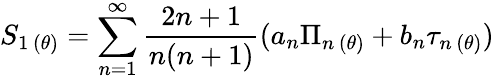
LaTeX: S_{1\, (\theta)}=\sum_{n=1}^{\infty}\frac{2n+1}{n(n+1)}(a_{n}\Pi_{n\, (\theta)}+b_{n}\tau_{n\, (\theta)})